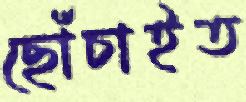
ছোঁচাইত